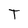
Character: T